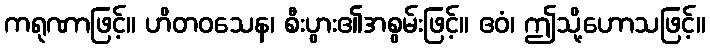
ကရုဏာဖြင့်။ ဟိတဝသေန၊ စီးပွား၏အစွမ်းဖြင့်။ ဧဝံ၊ ဤသို့ဟောသဖြင့်။